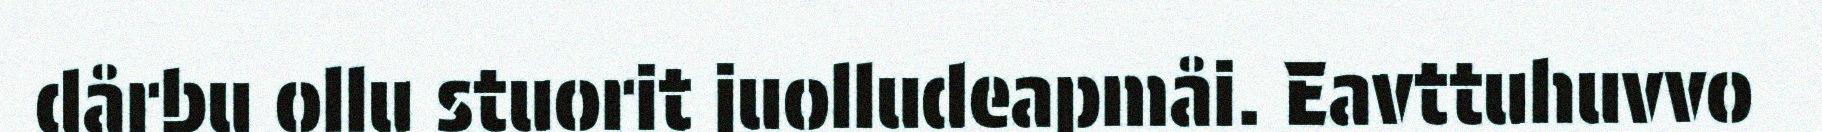
dårbu ollu stuorit juolludeapmåi. Eavttuhuvvo